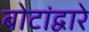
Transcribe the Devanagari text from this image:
बोटांद्वारे